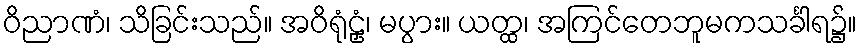
ဝိညာဏံ၊ သိခြင်းသည်။ အဝိရုံဠှံ၊ မပွား။ ယတ္ထ၊ အကြင်တေဘူမကသင်္ခါရ၌။